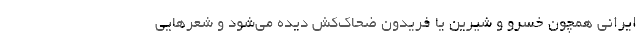
ایرانی همچون خسرو و شیرین یا فریدون ضحاک‌کش دیده می‌شود و شعرهایی